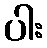
ပါး